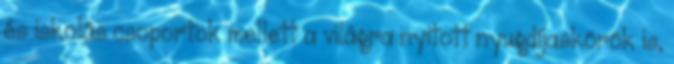
és iskolás csoportok mellett a világra nyitott nyugdíjaskörök is,